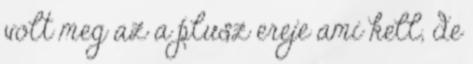
volt meg az a plusz ereje ami kell, de